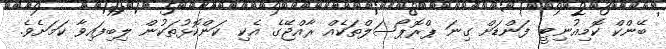
ބޭންކް ކޮމިއުނިޓީ ފަންޑަށް ގިނަ ޕްރޮޕޯސަލްތަކެއް ރާއްޖޭގެ އެކި ކަންކޮޅުތަކުން ލިބިފައިވާ ކަމަށެވެ.